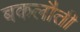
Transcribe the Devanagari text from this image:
बकलौती